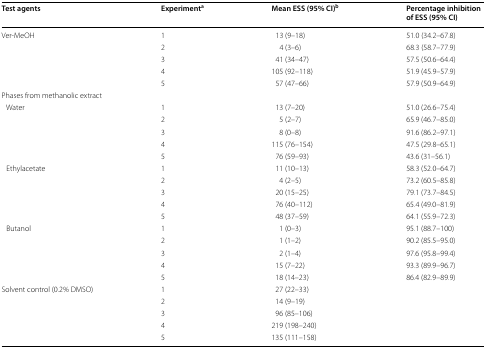
<table><thead><tr><td><b>Test agents</b></td><td><b>Experiment<sup>a</sup></b></td><td><b>Mean ESS (95% CI)<sup>b</sup></b></td><td><b>Percentage inhibition of ESS (95% CI)</b></td></tr></thead><tbody><tr><td rowspan="5">Ver-MeOH</td><td>1</td><td>13 (9–18)</td><td>51.0 (34.2–67.8)</td></tr><tr><td>2</td><td>4 (3–6)</td><td>68.3 (58.7–77.9)</td></tr><tr><td>3</td><td>41 (34–47)</td><td>57.5 (50.6–64.4)</td></tr><tr><td>4</td><td>105 (92–118)</td><td>51.9 (45.9–57.9)</td></tr><tr><td>5</td><td>57 (47–66)</td><td>57.9 (50.9–64.9)</td></tr><tr><td colspan="4">Phases from methanolic extract</td></tr><tr><td rowspan="5"> Water</td><td>1</td><td>13 (7–20)</td><td>51.0 (26.6–75.4)</td></tr><tr><td>2</td><td>5 (2–7)</td><td>65.9 (46.7–85.0)</td></tr><tr><td>3</td><td>8 (0–8)</td><td>91.6 (86.2–97.1)</td></tr><tr><td>4</td><td>115 (76–154)</td><td>47.5 (29.8–65.1)</td></tr><tr><td>5</td><td>76 (59–93)</td><td>43.6 (31–56.1)</td></tr><tr><td rowspan="5"> Ethylacetate</td><td>1</td><td>11 (10–13)</td><td>58.3 (52.0–64.7)</td></tr><tr><td>2</td><td>4 (2–5)</td><td>73.2 (60.5–85.8)</td></tr><tr><td>3</td><td>20 (15–25)</td><td>79.1 (73.7–84.5)</td></tr><tr><td>4</td><td>76 (40–112)</td><td>65.4 (49.0–81.9)</td></tr><tr><td>5</td><td>48 (37–59)</td><td>64.1 (55.9–72.3)</td></tr><tr><td rowspan="5"> Butanol</td><td>1</td><td>1 (0–3)</td><td>95.1 (88.7–100)</td></tr><tr><td>2</td><td>1 (1–2)</td><td>90.2 (85.5–95.0)</td></tr><tr><td>3</td><td>2 (1–4)</td><td>97.6 (95.8–99.4)</td></tr><tr><td>4</td><td>15 (7–22)</td><td>93.3 (89.9–96.7)</td></tr><tr><td>5</td><td>18 (14–23)</td><td>86.4 (82.9–89.9)</td></tr><tr><td rowspan="5">Solvent control (0.2% DMSO)</td><td>1</td><td>27 (22–33)</td><td></td></tr><tr><td>2</td><td>14 (9–19)</td><td></td></tr><tr><td>3</td><td>96 (85–106)</td><td></td></tr><tr><td>4</td><td>219 (198–240)</td><td></td></tr><tr><td>5</td><td>135 (111–158)</td><td></td></tr></tbody></table>